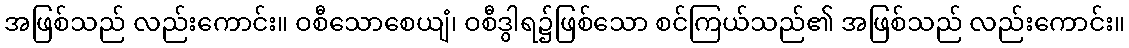
အဖြစ်သည် လည်းကောင်း။ ဝစီသောစေယျံ၊ ဝစီဒွါရ၌ဖြစ်သော စင်ကြယ်သည်၏ အဖြစ်သည် လည်းကောင်း။